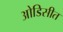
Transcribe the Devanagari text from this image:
ओडिसीत